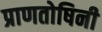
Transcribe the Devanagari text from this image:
प्राणतोषिनी